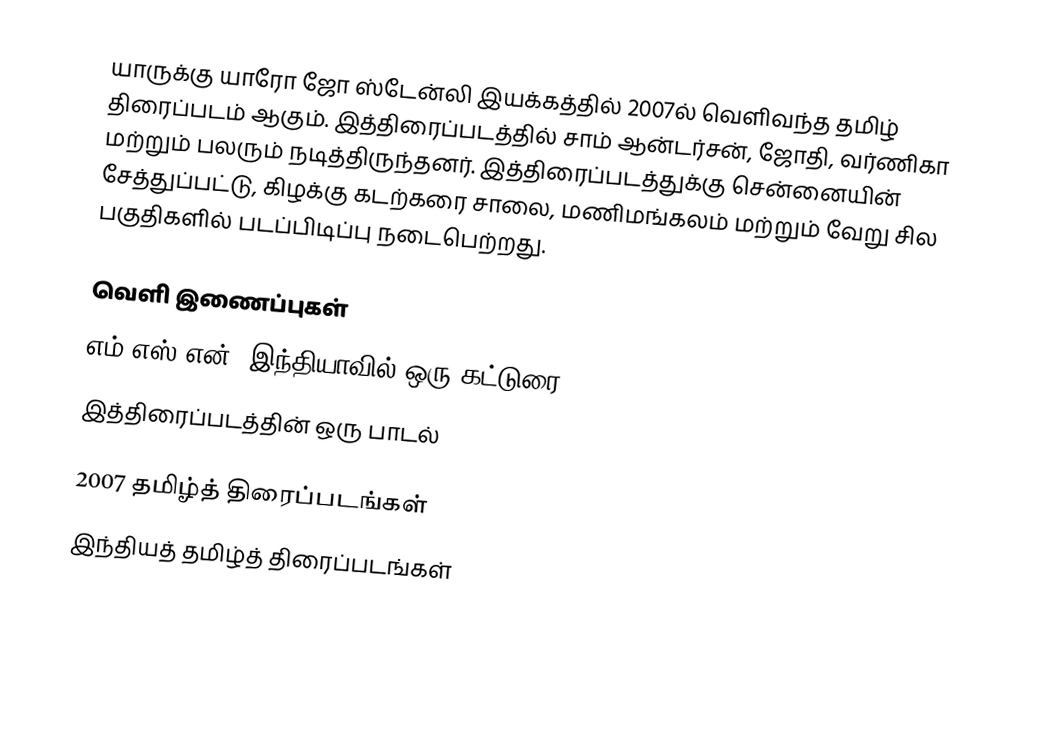
யாருக்கு யாரோ ஜோ ஸ்டேன்லி இயக்கத்தில் 2007ல் வெளிவந்த தமிழ் திரைப்படம் ஆகும். இத்திரைப்படத்தில் சாம் ஆன்டர்சன், ஜோதி, வர்ணிகா மற்றும் பலரும் நடித்திருந்தனர். இத்திரைப்படத்துக்கு சென்னையின் சேத்துப்பட்டு, கிழக்கு கடற்கரை சாலை, மணிமங்கலம் மற்றும் வேறு சில பகுதிகளில் படப்பிடிப்பு நடைபெற்றது.

வெளி இணைப்புகள்
 எம்.எஸ்.என். இந்தியாவில் ஒரு கட்டுரை
 இத்திரைப்படத்தின் ஒரு பாடல்

2007 தமிழ்த் திரைப்படங்கள்
இந்தியத் தமிழ்த் திரைப்படங்கள்